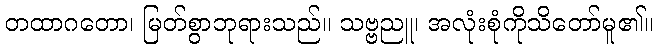
တထာဂတော၊ မြတ်စွာဘုရားသည်။ သဗ္ဗညူ၊ အလုံးစုံကိုသိတော်မူ၏။